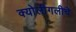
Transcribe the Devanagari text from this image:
क्योलीगलीचे